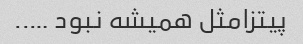
پیتزامثل همیشه نبود …..